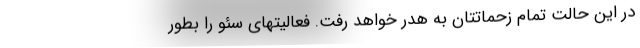
در این حالت تمام زحماتتان به هدر خواهد رفت. فعالیتهای سئو را بطور